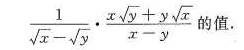
\frac { 1 } { \sqrt { x } - \sqrt { y } } \cdot \frac { x \sqrt { y } + y \sqrt { x } } { x - y } \text$$的值.